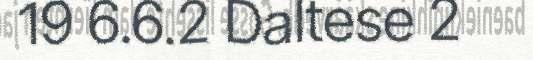
19 6.6.2 Daltese 2